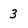
Character: 3